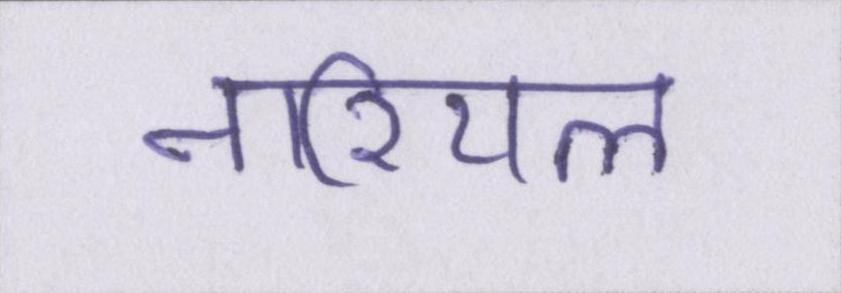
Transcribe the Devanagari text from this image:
नारियल